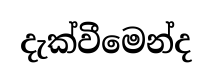
දැක්වීමෙන්ද